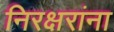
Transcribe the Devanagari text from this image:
निरक्षरांना